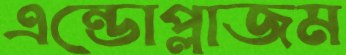
এন্ডোপ্লাজম